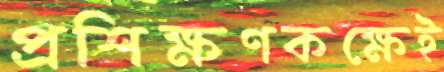
প্রশিক্ষণকক্ষেই